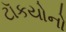
ટૉકયોનો